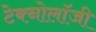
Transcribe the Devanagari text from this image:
टेक्नोलाॅजी